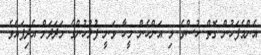
އެންމެފަހުން ގޮތް ހުސްވެ މި އަންހެން މީހާ ވަނީ ފުލުހުންގެ މަދަދަށް އެދިފައެވެ.